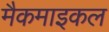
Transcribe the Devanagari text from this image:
मैकमाइकल